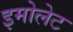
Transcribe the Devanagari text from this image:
इमोलेट